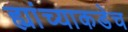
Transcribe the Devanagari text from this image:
ह्यांच्याकडेच